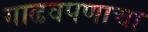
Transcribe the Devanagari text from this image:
गाढवपणाचा